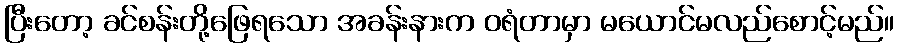
ပြီးတော့ ခင်စန်းတို့ဖြေရသော အခန်းနားက ဝရံတာမှာ မယောင်မလည်စောင့်မည်။